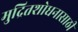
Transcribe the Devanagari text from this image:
मुद्रितशोधनासाठी